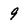
Character: 9